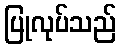
ပြုလုပ်သည်